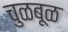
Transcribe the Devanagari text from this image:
चुळबूळ